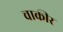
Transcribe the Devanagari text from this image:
चाकीर